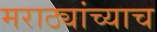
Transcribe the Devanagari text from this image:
मराठ्यांच्याच